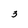
Character: 3